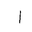
Letter: _alif